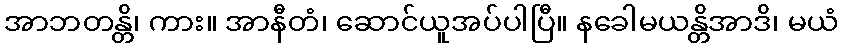
အာဘတန္တိ၊ ကား။ အာနီတံ၊ ဆောင်ယူအပ်ပါပြီ။ နခေါမယန္တိအာဒိ၊ မယံ